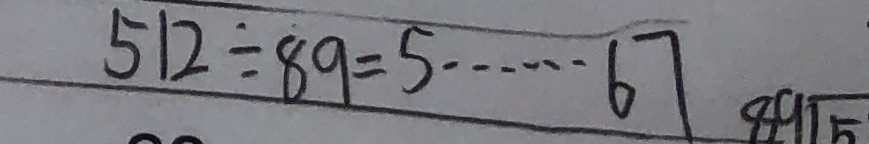
5 1 2 \div 8 9 = 5 \cdots 6 7